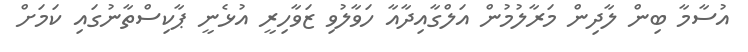
އުސާމާ ބިން ލާދިން މަރާލުމުން އަލްގާއިދާއާ ހަވާލުވި ޒަވާހިރީ އުޅެނީ ޕާކިސްތާނުގައި ކަމަށް